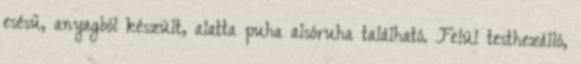
esésű, anyagból készült, alatta puha alsóruha található. Felül testhezálló,